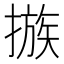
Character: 𢳇